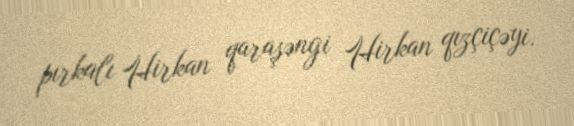
pırkalı Hirkan qaraşəngi Hirkan qızçiçəyi.